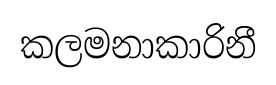
කලමනාකාරිනී